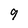
Character: 9